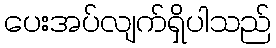
ပေးအပ်လျက်ရှိပါသည်